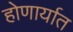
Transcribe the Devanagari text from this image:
होणार्यात